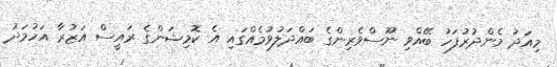
މިއަދު މެންދުރުފަހު ބޭއްވި ނޫސްވެރިންގެ ބައްދަލުވުމެއްގައި އެ ކޮމިޝަންގެ ރައީސް އަޒުރާ އަހުމަދު